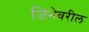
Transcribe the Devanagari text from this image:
जिभेवरील